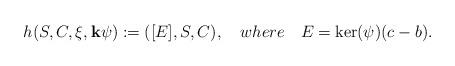
LaTeX: \begin{align*}h(S,C,\xi,\mathbf{k}\psi):=([E],S,C),\ \ \ where\ \ \ E=\ker(\psi)(c-b).\end{align*}